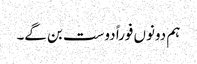
ہم دونوں فوراً دوست بن گے۔